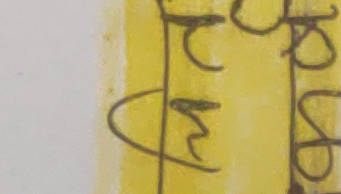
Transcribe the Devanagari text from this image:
रहन्छ